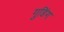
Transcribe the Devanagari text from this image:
गुडिंग